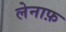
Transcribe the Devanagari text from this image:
लेनाफ़